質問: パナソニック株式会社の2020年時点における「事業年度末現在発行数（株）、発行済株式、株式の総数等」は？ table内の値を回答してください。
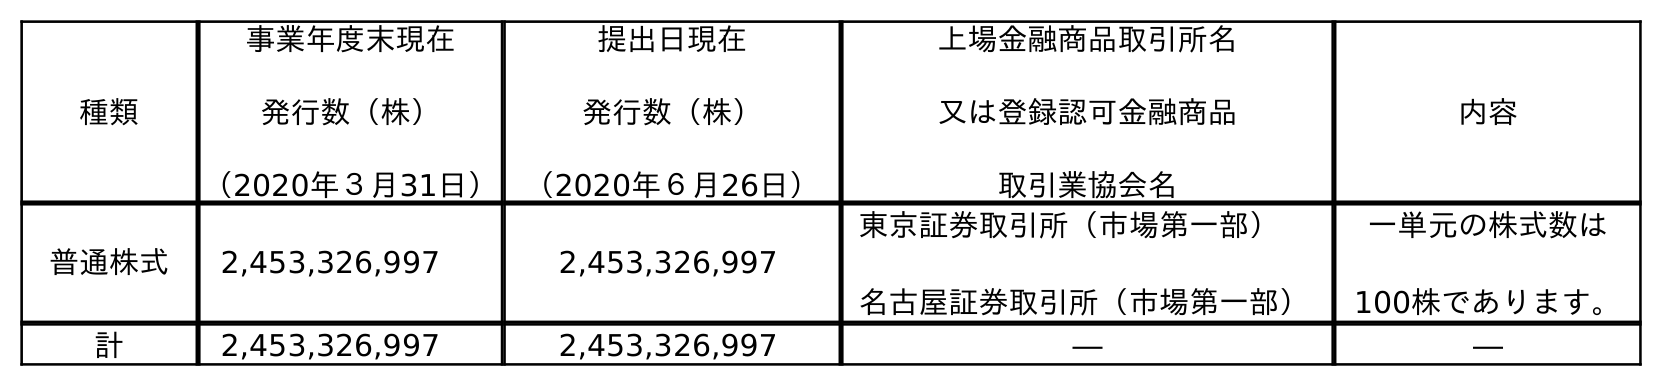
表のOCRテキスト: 種類 事業年度末現在 発行数（株） （2020年３月31日） 提出日現在 発行数（株） （2020年６月26日） 上場金融商品取引所名 又は登録認可金融商品 取引業協会名 内容 普通株式 2,453,326,997 2,453,326,997 東京証券取引所（市場第一部） 名古屋証券取引所（市場第一部） 一単元の株式数は 100株であります。 計 2,453,326,997 2,453,326,997 ― ―
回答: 2,453,326,997